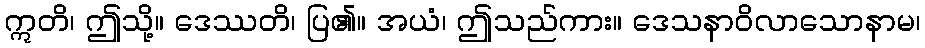
ဣတိ၊ ဤသို့။ ဒေဿတိ၊ ပြ၏။ အယံ၊ ဤသည်ကား။ ဒေသနာဝိလာသောနာမ၊